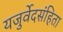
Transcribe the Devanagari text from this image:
यजुर्वेदसंहिता